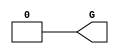
// $Header: /devl/xcs/repo/env/Databases/CAEInterfaces/verunilibs/s/GND.v,v 1.8 2003/01/21 01:55:23 wloo Exp $

/*

FUNCTION	: GND cell

*/

`timescale  100 ps / 10 ps


module GND(G);

    output G;

	assign G = 1'b0;

endmodule